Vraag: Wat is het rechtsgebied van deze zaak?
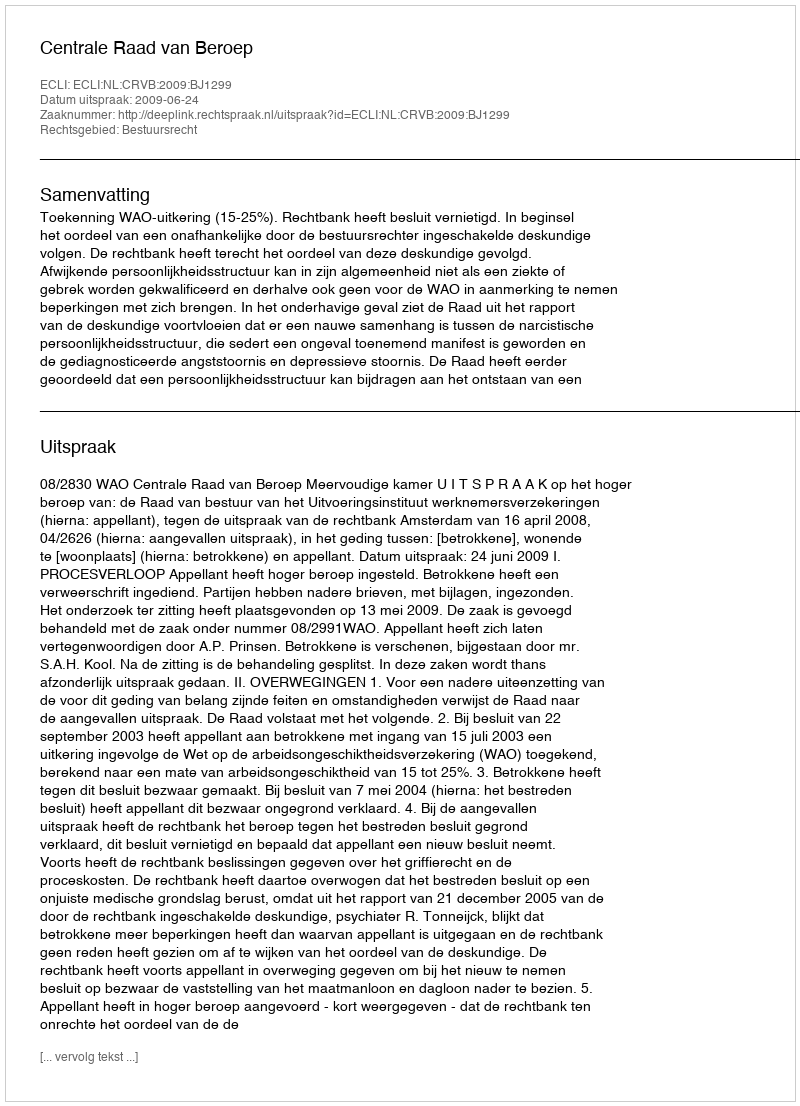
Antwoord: Bestuursrecht